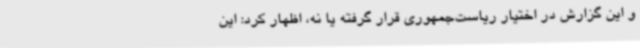
و این گزارش در اختیار ریاست‌جمهوری قرار گرفته یا نه، اظهار کرد: این